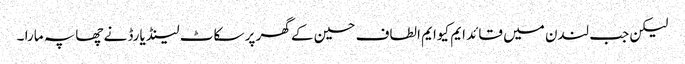
لیکن جب لندن میں قائد ایم کیوایم الطاف حسین کے گھر پر سکاٹ لینڈ یارڈ نے چھاپہ مارا ۔